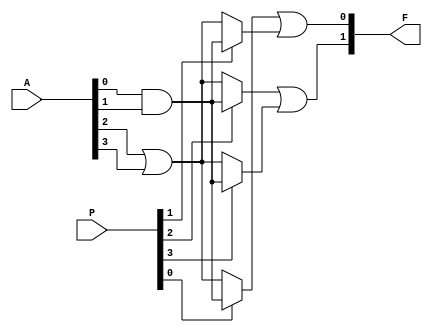
module gpal (
    input wire [N-1:0] A,  // Input lines (A, B, C, etc.)
    input wire [M-1:0] P,  // Programming signals (for AND array)
    output wire [O-1:0] F  // Output lines (F1, F2, etc.)
);

// Parameters
parameter N = 4;  // Number of input lines
parameter M = 8;  // Number of programmable AND gates
parameter O = 2;  // Number of output lines

// Programmable AND array
wire [M-1:0] and_out;  // Outputs from AND gates

genvar i, j;
generate
    for (i = 0; i < M; i = i + 1) begin: and_array
        // Example of AND gate programming based on P signals
        assign and_out[i] = (P[i] == 1'b1) ? (A[0] & A[1]) :  // Example product term
                            (P[i] == 1'b0) ? (A[2] | A[3]) : 1'b0;  // Default case
    end
endgenerate

// Fixed OR array
wire [O-1:0] or_out;  // Outputs from OR gates

assign or_out[0] = and_out[0] | and_out[1];  // Example OR gate
assign or_out[1] = and_out[2] | and_out[3];  // Example OR gate

// Final outputs
assign F = or_out;

endmodule